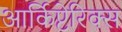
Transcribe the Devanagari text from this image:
आर्किप्टेरिक्स